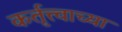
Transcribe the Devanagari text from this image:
कर्तृत्त्वाच्या